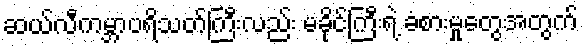
ဆယ်လီကမ္ဘာပရိသတ်ကြီးလည်း မခိုင်ကြီးရဲ့ ခံစားမှုတွေအတွက်